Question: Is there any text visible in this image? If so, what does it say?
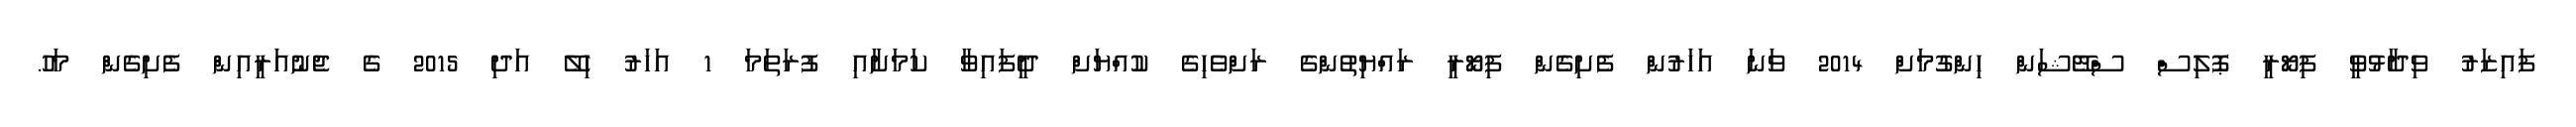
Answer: ފައިޒަރު ވިދާޅުވީ ފިޔޯރީ ޕޮލިސް ސްޓޭޝަން ހިންގުމަށް 2014 ވަނަ އަހަރުން ފެށިގެން ފިޔޯރީ ރައްޔިތުންގެ ރަށްވެހިގެ ކުއްޔަށް ދީފައިވާ ކަމަށާއި ފުރަތަމަ 1 އަހަރު ހިލޭ އަދި 2015 ގެ ޖެނުއަރީއިން ފެށިގެން މަހު.